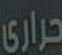
حراري